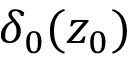
\delta _ { 0 } ( z _ { 0 } )